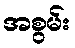
အစွမ်း